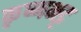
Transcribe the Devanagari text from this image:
कृष्णभट्ट